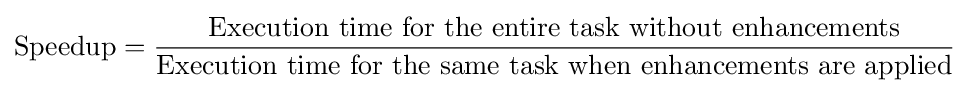
{\text{Speedup}}={\frac {\text{Execution time for the entire task without enhancements}}{\text{Execution time for the same task when enhancements are applied}}}